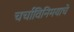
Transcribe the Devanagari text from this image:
चर्चाविनिमयाचे